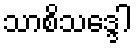
သာစိသဒ္ဒေါ